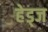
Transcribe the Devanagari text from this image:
हेड्ज